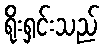
ရိုးရှင်းသည်